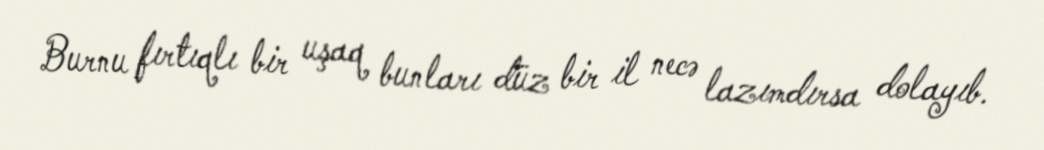
Burnu fırtıqlı bir uşaq bunları düz bir il necə lazımdırsa dolayıb.